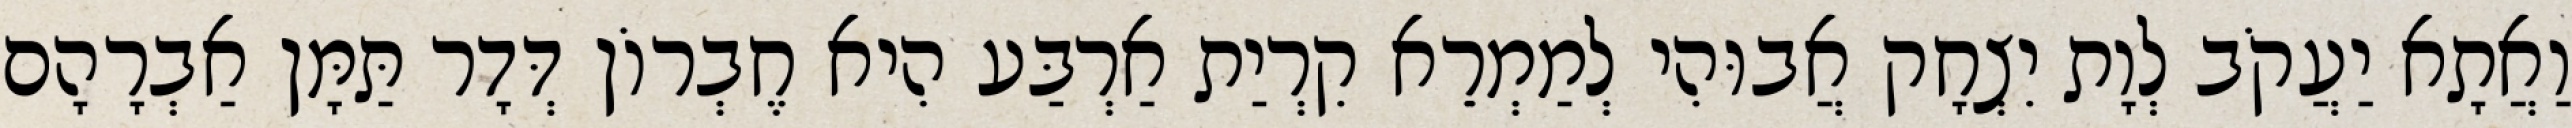
וַאֲתָא יַעֲקֹב לְוָת יִצְחָק אֲבוּהִי לְמַמְרֵא קִרְיַת אַרְבַּע הִיא חֶבְרוֹן דְּדָר תַּמָּן אַבְרָהָם